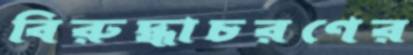
বিরুদ্ধাচরণের